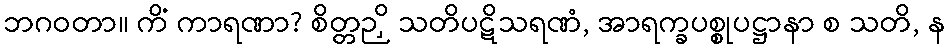
ဘဂဝတာ။ ကိံ ကာရဏာ? စိတ္တဉှိ သတိပဋိသရဏံ, အာရက္ခပစ္စုပဋ္ဌာနာ စ သတိ, န